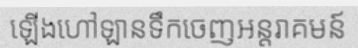
ឡើងហៅឡានទឹកចេញអន្តរាគមន៍